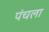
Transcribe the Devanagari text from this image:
पंचला